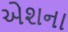
એશના